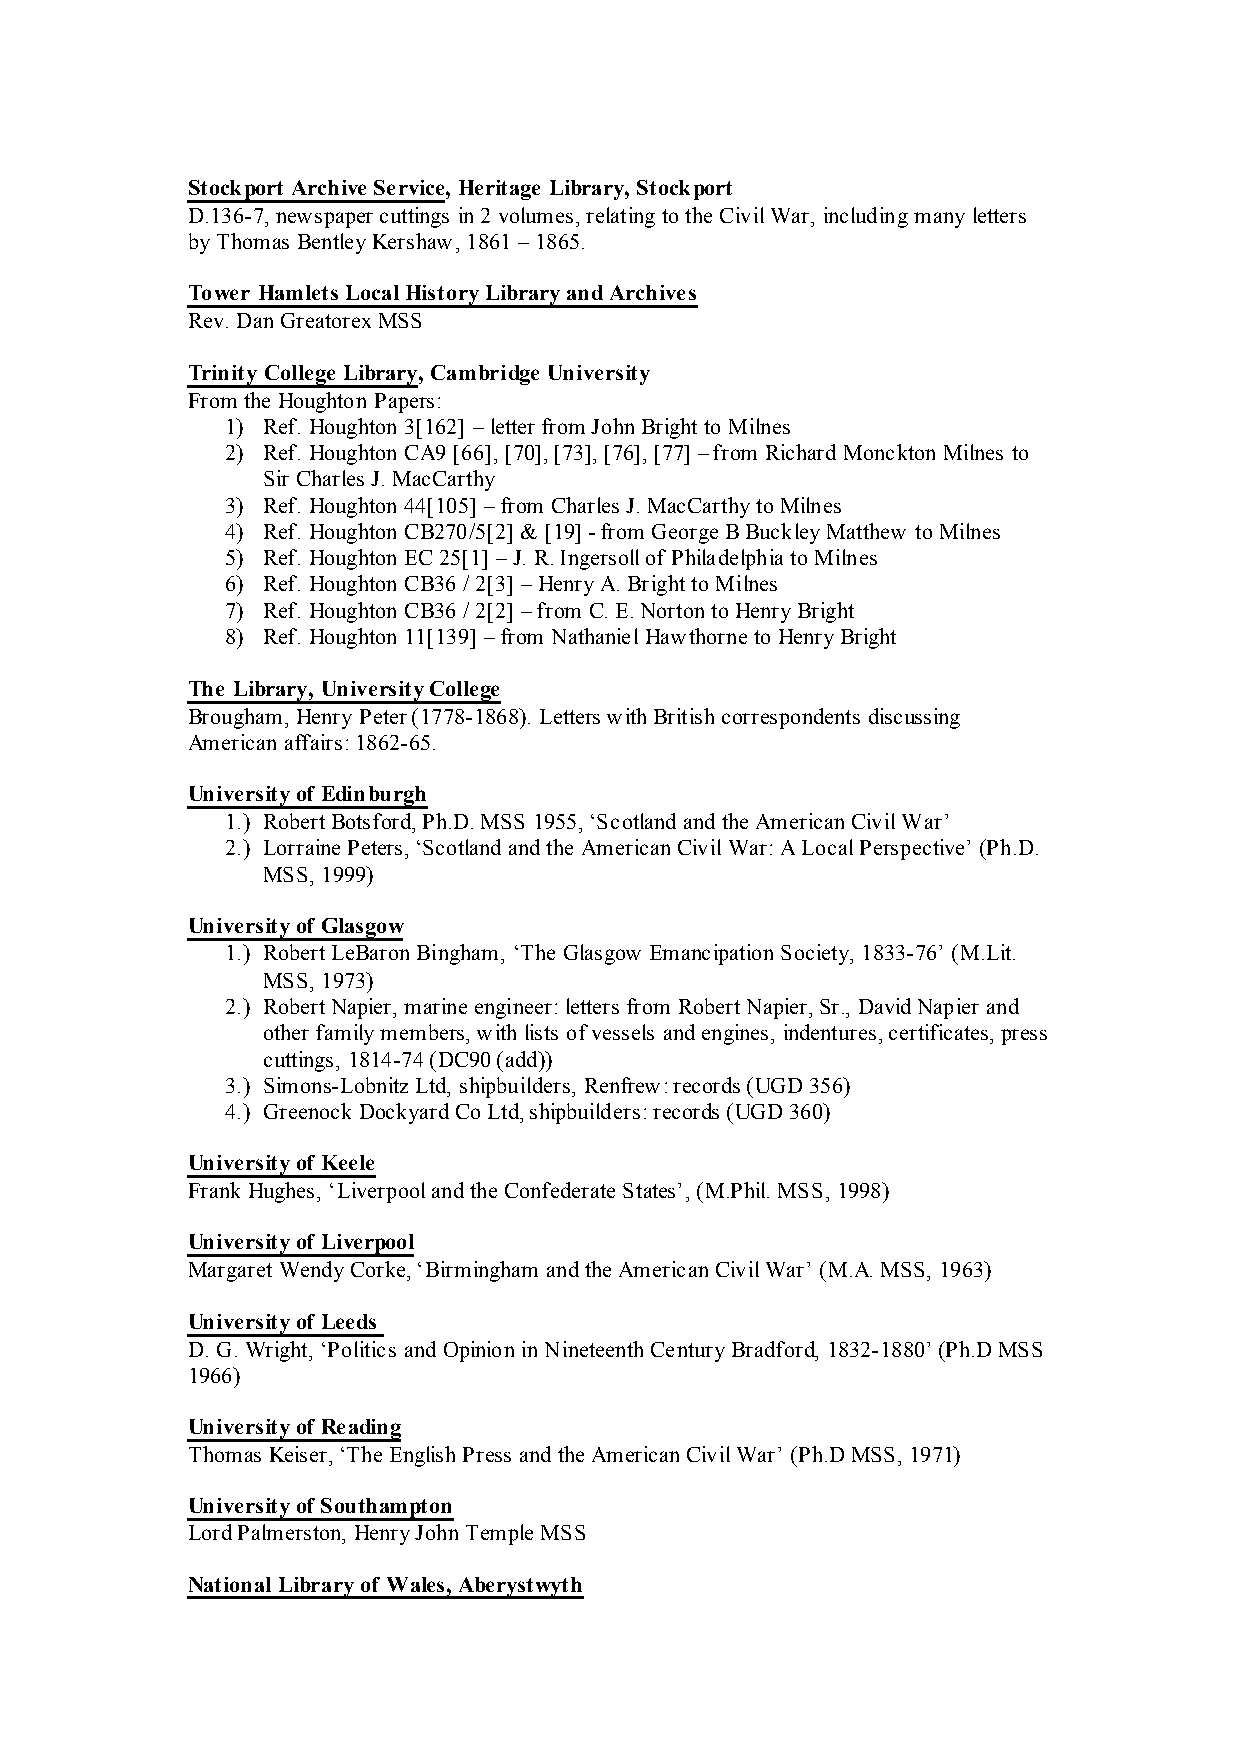
Stockport Archive Service, Heritage Library, Stockport
 D.136-7, newspaper cuttings in 2 volumes, relating to the Civil War, including many letters
 by Thomas Bentley Kershaw, 1861 – 1865.
 Tower Hamlets Local History Library and Archives
 Rev. Dan Greatorex MSS
 Trinity College Library, Cambridge University
 From the Houghton Papers:
 1) Ref. Houghton 3[162] – letter from John Bright to Milnes
 2) Ref. Houghton CA9 [66], [70], [73], [76], [77] – from Richard Monckton Milnes to
 Sir Charles J. MacCarthy
 3) Ref. Houghton 44[105] – from Charles J. MacCarthy to Milnes
 4) Ref. Houghton CB270/5[2] & [19] - from George B Buckley Matthew to Milnes
 5) Ref. Houghton EC 25[1] – J. R. Ingersoll of Philadelphia to Milnes
 6) Ref. Houghton CB36 / 2[3] – Henry A. Bright to Milnes
 7) Ref. Houghton CB36 / 2[2] – from C. E. Norton to Henry Bright
 8) Ref. Houghton 11[139] – from Nathaniel Hawthorne to Henry Bright
 The Library, University College
 Brougham, Henry Peter (1778-1868). Letters with British correspondents discussing
 American affairs: 1862-65.
 University of Edinburgh
 1.) Robert Botsford, Ph.D. MSS 1955, ‘Scotland and the American Civil War’
 2.) Lorraine Peters, ‘Scotland and the American Civil War: A Local Perspective’ (Ph.D.
 MSS, 1999)
 University of Glasgow
 1.) Robert LeBaron Bingham, ‘The Glasgow Emancipation Society, 1833-76’ (M.Lit.
 MSS, 1973)
 2.) Robert Napier, marine engineer: letters from Robert Napier, Sr., David Napier and
 other family members, with lists of vessels and engines, indentures, certificates, press
 cuttings, 1814-74 (DC90 (add))
 3.) Simons-Lobnitz Ltd, shipbuilders, Renfrew: records (UGD 356)
 4.) Greenock Dockyard Co Ltd, shipbuilders: records (UGD 360)
 University of Keele
 Frank Hughes, ‘Liverpool and the Confederate States’, (M.Phil. MSS, 1998)
 University of Liverpool
 Margaret Wendy Corke, ‘Birmingham and the American Civil War’ (M.A. MSS, 1963)
 University of Leeds
 D. G. Wright, ‘Politics and Opinion in Nineteenth Century Bradford, 1832-1880’ (Ph.D MSS
 1966)
 University of Reading
 Thomas Keiser, ‘The English Press and the American Civil War’ (Ph.D MSS, 1971)
 University of Southampton
 Lord Palmerston, Henry John Temple MSS
 National Library of Wales, Aberystwyth